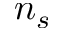
n _ { s }